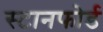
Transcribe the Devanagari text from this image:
स्टानफोर्ड